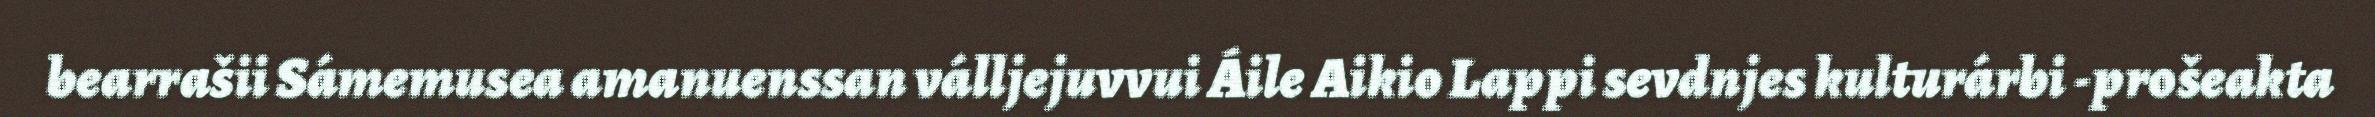
bearrašii Sámemusea amanuenssan válljejuvvui Áile Aikio Lappi sevdnjes kulturárbi -prošeakta